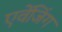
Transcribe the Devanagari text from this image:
एवेंजिंग